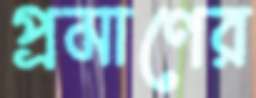
প্রমাণের